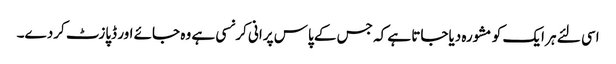
اسی لئے ہر ایک کو مشورہ دیاجاتا ہے کہ جس کے پاس پرانی کرنسی ہے وہ جائے اور ڈپازٹ کردے۔